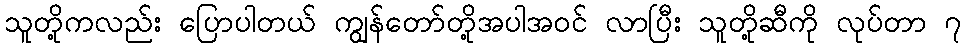
သူတို့ကလည်း ပြောပါတယ် ကျွန်တော်တို့အပါအဝင် လာပြီး သူတို့ဆီကို လုပ်တာ ၇